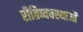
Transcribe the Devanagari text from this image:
रीतिव्यवस्थाओं